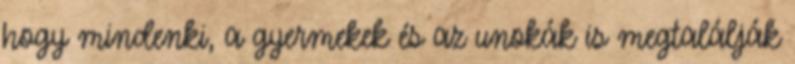
hogy mindenki, a gyermekek és az unokák is megtalálják